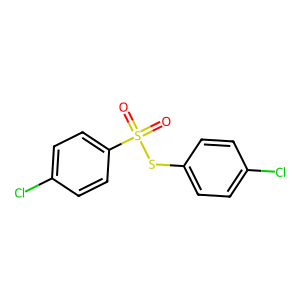
SMILES: O=S(=O)(Sc1ccc(Cl)cc1)c1ccc(Cl)cc1
Inhibits HIV replication: No